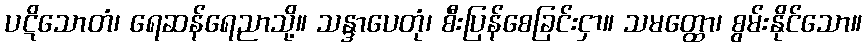
ပဋိသောတံ၊ ရေဆန်ရေညာသို့။ သန္ဒာပေတုံ၊ စီးပြန်စေခြင်းငှာ။ သမတ္ထော၊ စွမ်းနိုင်သော။